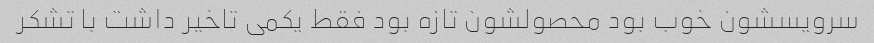
سرویسشون خوب بود محصولشون تازه بود فقط یکمی تاخیر داشت با تشکر